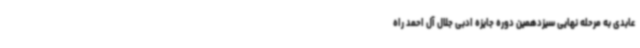
عابدی به مرحله نهایی سیزدهمین دوره‌ جایزه‌ ادبی جلال آل ‌احمد راه